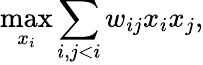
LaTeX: \operatorname*{max}_{x_{i}}\sum_{i,j<i}w_{ij}x_{i}x_{j},